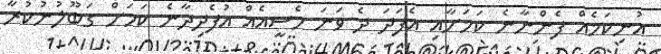
އުނިކަމެއް ފެންނާނެ ކަމަށާއި އެފަދަ ދެ ވަނަ މެސީއެއް އުފެދިދާނެ ކަމަށް ގަބޫލުނުކުރާ